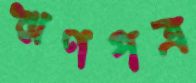
ঋণপত্র